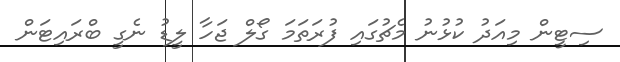
ސިޓީން މިއަދު ކުޅުނު މެޗުގައި ފުރަތަމަ ގޯލް ޖަހާ ލީޑު ނެގީ ބްރައިޓަން